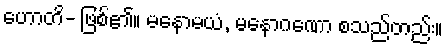
ဟောတိ- ဖြစ်၏။ မနောမယံ, မနောဂဏော စသည်တည်း။